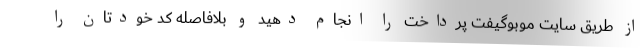
از طریق سایت موبوگیفت پرداخت را انجام ‌دهید و بلافاصله کد خودتان را